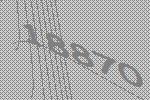
18870